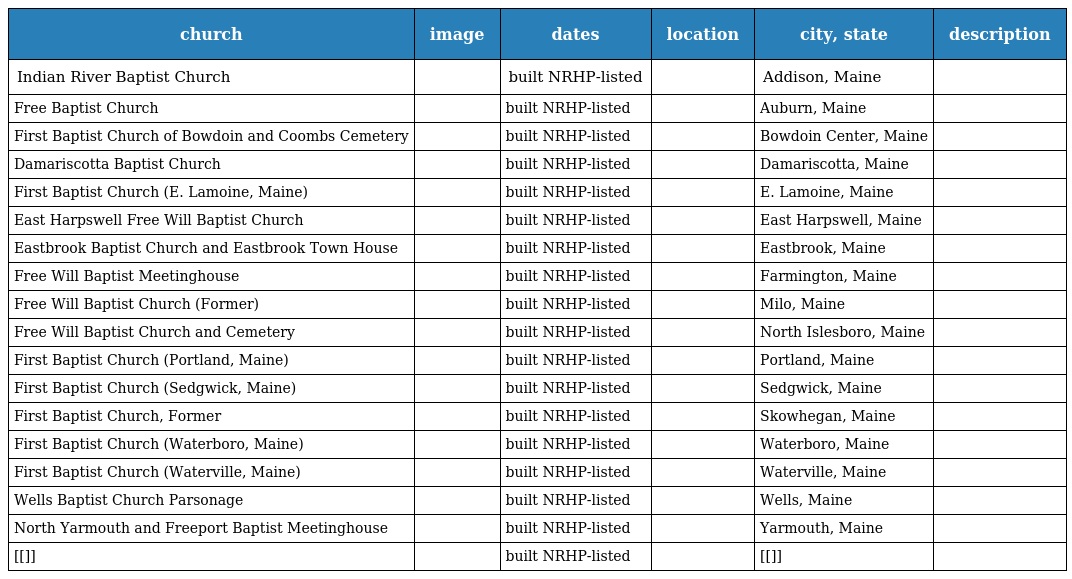
| church | image | dates | location | city, state | description |
 | --- | --- | --- | --- | --- | --- |
 | Indian River Baptist Church |  | built NRHP-listed |  | Addison, Maine |  |
 | Free Baptist Church |  | built NRHP-listed |  | Auburn, Maine |  |
 | First Baptist Church of Bowdoin and Coombs Cemetery |  | built NRHP-listed |  | Bowdoin Center, Maine |  |
 | Damariscotta Baptist Church |  | built NRHP-listed |  | Damariscotta, Maine |  |
 | First Baptist Church (E. Lamoine, Maine) |  | built NRHP-listed |  | E. Lamoine, Maine |  |
 | East Harpswell Free Will Baptist Church |  | built NRHP-listed |  | East Harpswell, Maine |  |
 | Eastbrook Baptist Church and Eastbrook Town House |  | built NRHP-listed |  | Eastbrook, Maine |  |
 | Free Will Baptist Meetinghouse |  | built NRHP-listed |  | Farmington, Maine |  |
 | Free Will Baptist Church (Former) |  | built NRHP-listed |  | Milo, Maine |  |
 | Free Will Baptist Church and Cemetery |  | built NRHP-listed |  | North Islesboro, Maine |  |
 | First Baptist Church (Portland, Maine) |  | built NRHP-listed |  | Portland, Maine |  |
 | First Baptist Church (Sedgwick, Maine) |  | built NRHP-listed |  | Sedgwick, Maine |  |
 | First Baptist Church, Former |  | built NRHP-listed |  | Skowhegan, Maine |  |
 | First Baptist Church (Waterboro, Maine) |  | built NRHP-listed |  | Waterboro, Maine |  |
 | First Baptist Church (Waterville, Maine) |  | built NRHP-listed |  | Waterville, Maine |  |
 | Wells Baptist Church Parsonage |  | built NRHP-listed |  | Wells, Maine |  |
 | North Yarmouth and Freeport Baptist Meetinghouse |  | built NRHP-listed |  | Yarmouth, Maine |  |
 | [[]] |  | built NRHP-listed |  | [[]] |  |